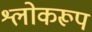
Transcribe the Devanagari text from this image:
श्लोकरूप